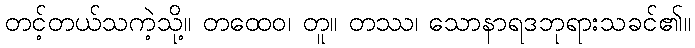
တင့်တယ်သကဲ့သို့။ တထေဝ၊ တူ။ တဿ၊ သောနာရဒဘုရားသခင်၏။